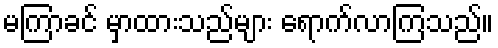
မကြာခင် မှာထားသည်များ ရောက်လာကြသည်။